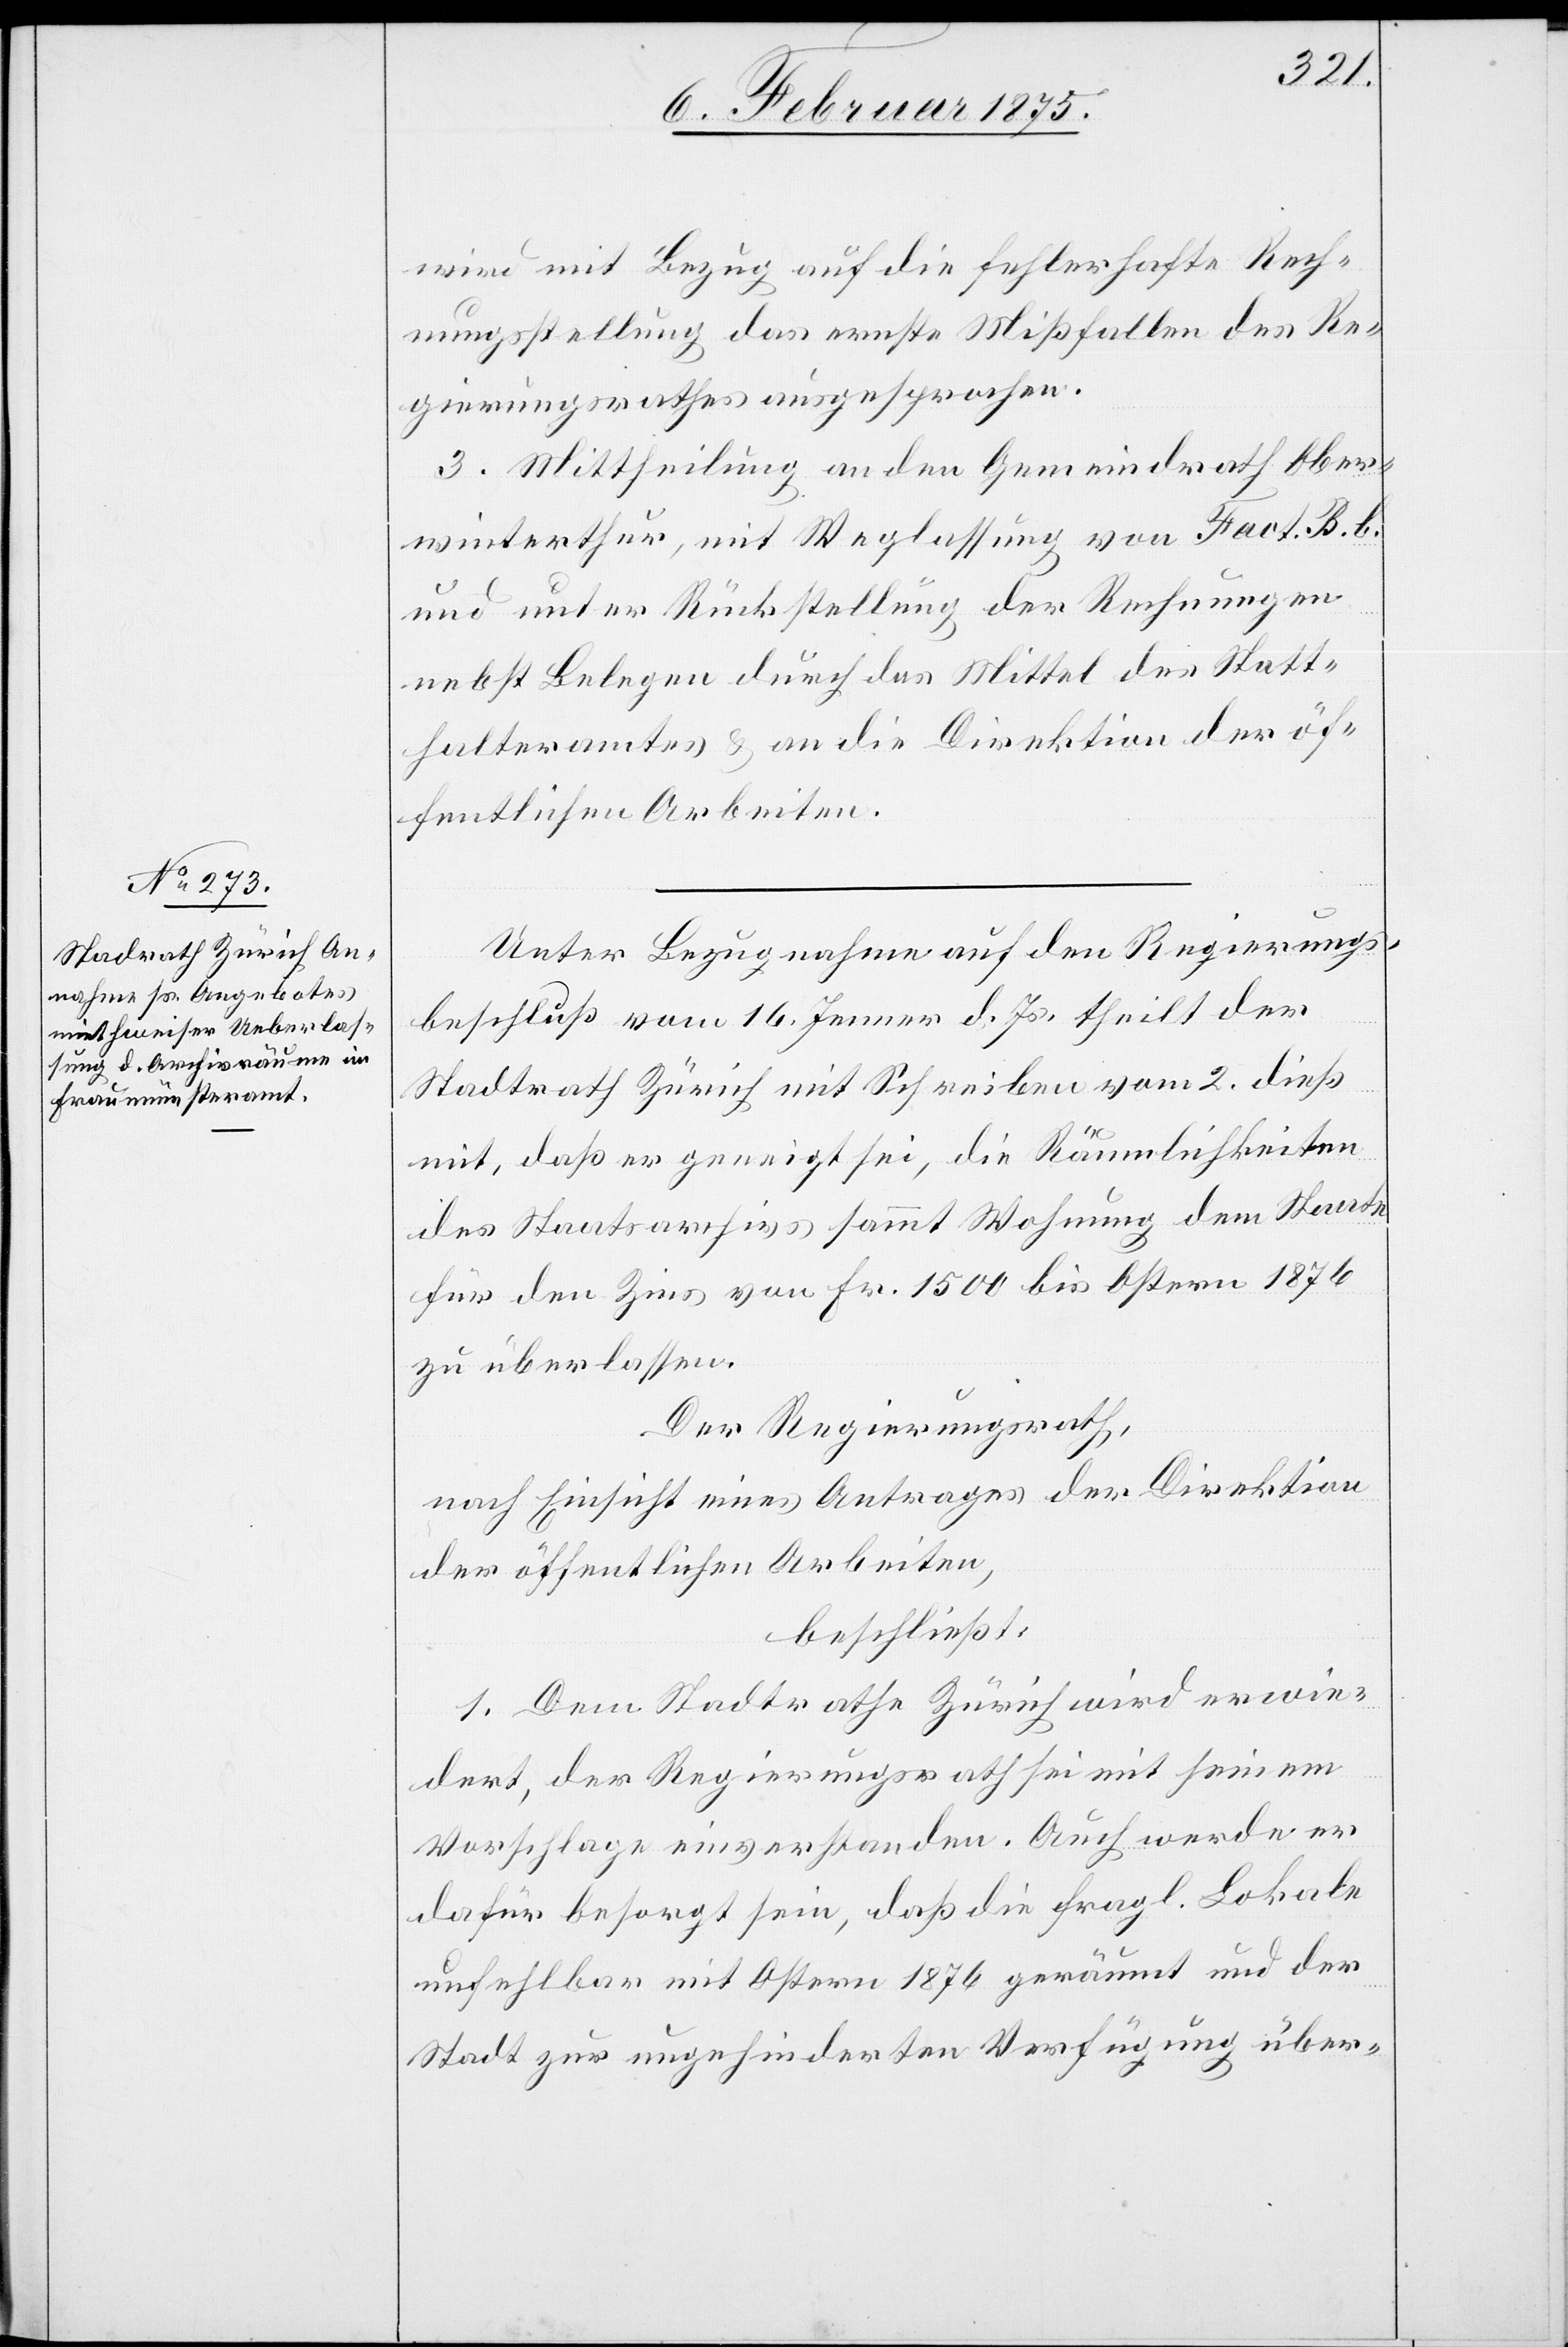
wird mit Bezug auf die fehlerhafte Rech¬
nungsstellung das ernste Mißfallen des Re¬
gierungsrathes ausgesprochen.
3. Mittheilung an den Gemeindrath Ober¬
winterthur, mit Weglassung von Fact. B. b.
und unter Rückstellung der Rechnungen
nebst Belegen durch das Mittel des Statt¬
halteramtes & an die Direktion der öf¬
fentlichen Arbeiten.
Unter Bezugnahme auf den Regierungs¬
beschluß vom 16. Jenner d. Js. theilt der
Stadtrath Zürich mit Schreiben vom 2. dieß
mit, daß er geneigt sei, die Räumlichkeiten
des Staatsarchivs sammt Wohnung dem Staate
für den Zins von Fr. 1500 bis Ostern 1876
zu überlassen.
Der Regierungsrath,
nach Einsicht eines Antrages der Direktion
der öffentlichen Arbeiten,
beschließt:
1. Dem Stadtrathe Zürich wird erwie¬
dert, der Regierungsrath sei mit seinem
Vorschlage einverstanden. Auch werde er
dafür besorgt sein, daß die fragl. Lokale
unfehlbar mit Ostern 1876 geräumt und der
Stadt zur ungehinderten Verfügung über-